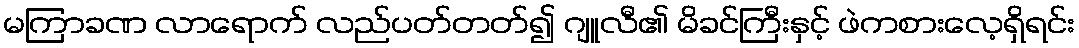
မကြာခဏ လာရောက် လည်ပတ်တတ်၍ ဂျူလီ၏ မိခင်ကြီးနှင့် ဖဲကစားလေ့ရှိရင်း